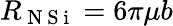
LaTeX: R_{\mathrm{~N~S~i~}}=6\pi\mu b